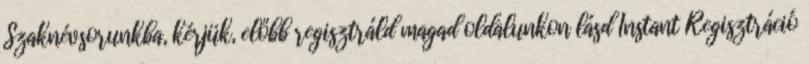
Szaknévsorunkba, kérjük, előbb regisztráld magad oldalunkon lásd Instant Regisztráció